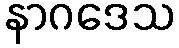
နာဂဒေသ